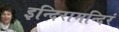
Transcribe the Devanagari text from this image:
इन्दिरामन्दिरं